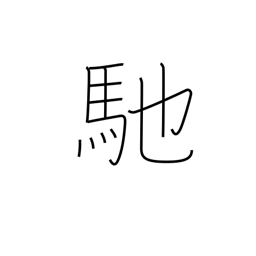
Meaning: sail